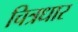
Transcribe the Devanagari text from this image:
चित्रधार